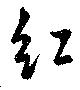
紅